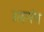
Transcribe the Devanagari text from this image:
उत्कर्षण